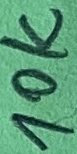
Text: 10K